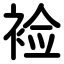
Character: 裣